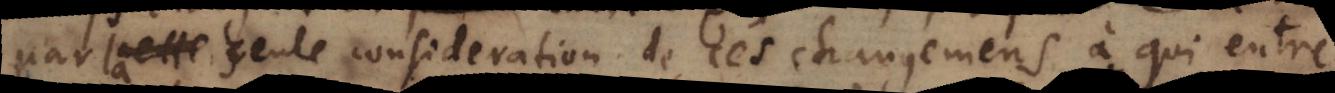
la seule consideration de ces changemens à qui